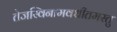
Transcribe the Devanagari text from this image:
तेजस्विनामवधीतमस्तु